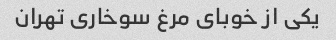
یکی از خوبای مرغ سوخاری تهران